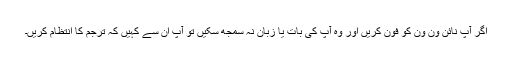
اگر آپ نائن ون ون کو فون کریں اور وہ آپ کی بات یا زبان نہ سمجھ سکیں تو آپ ان سے کہیں کہ ترجم کا انتظام کریں۔